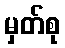
မှတ်စု